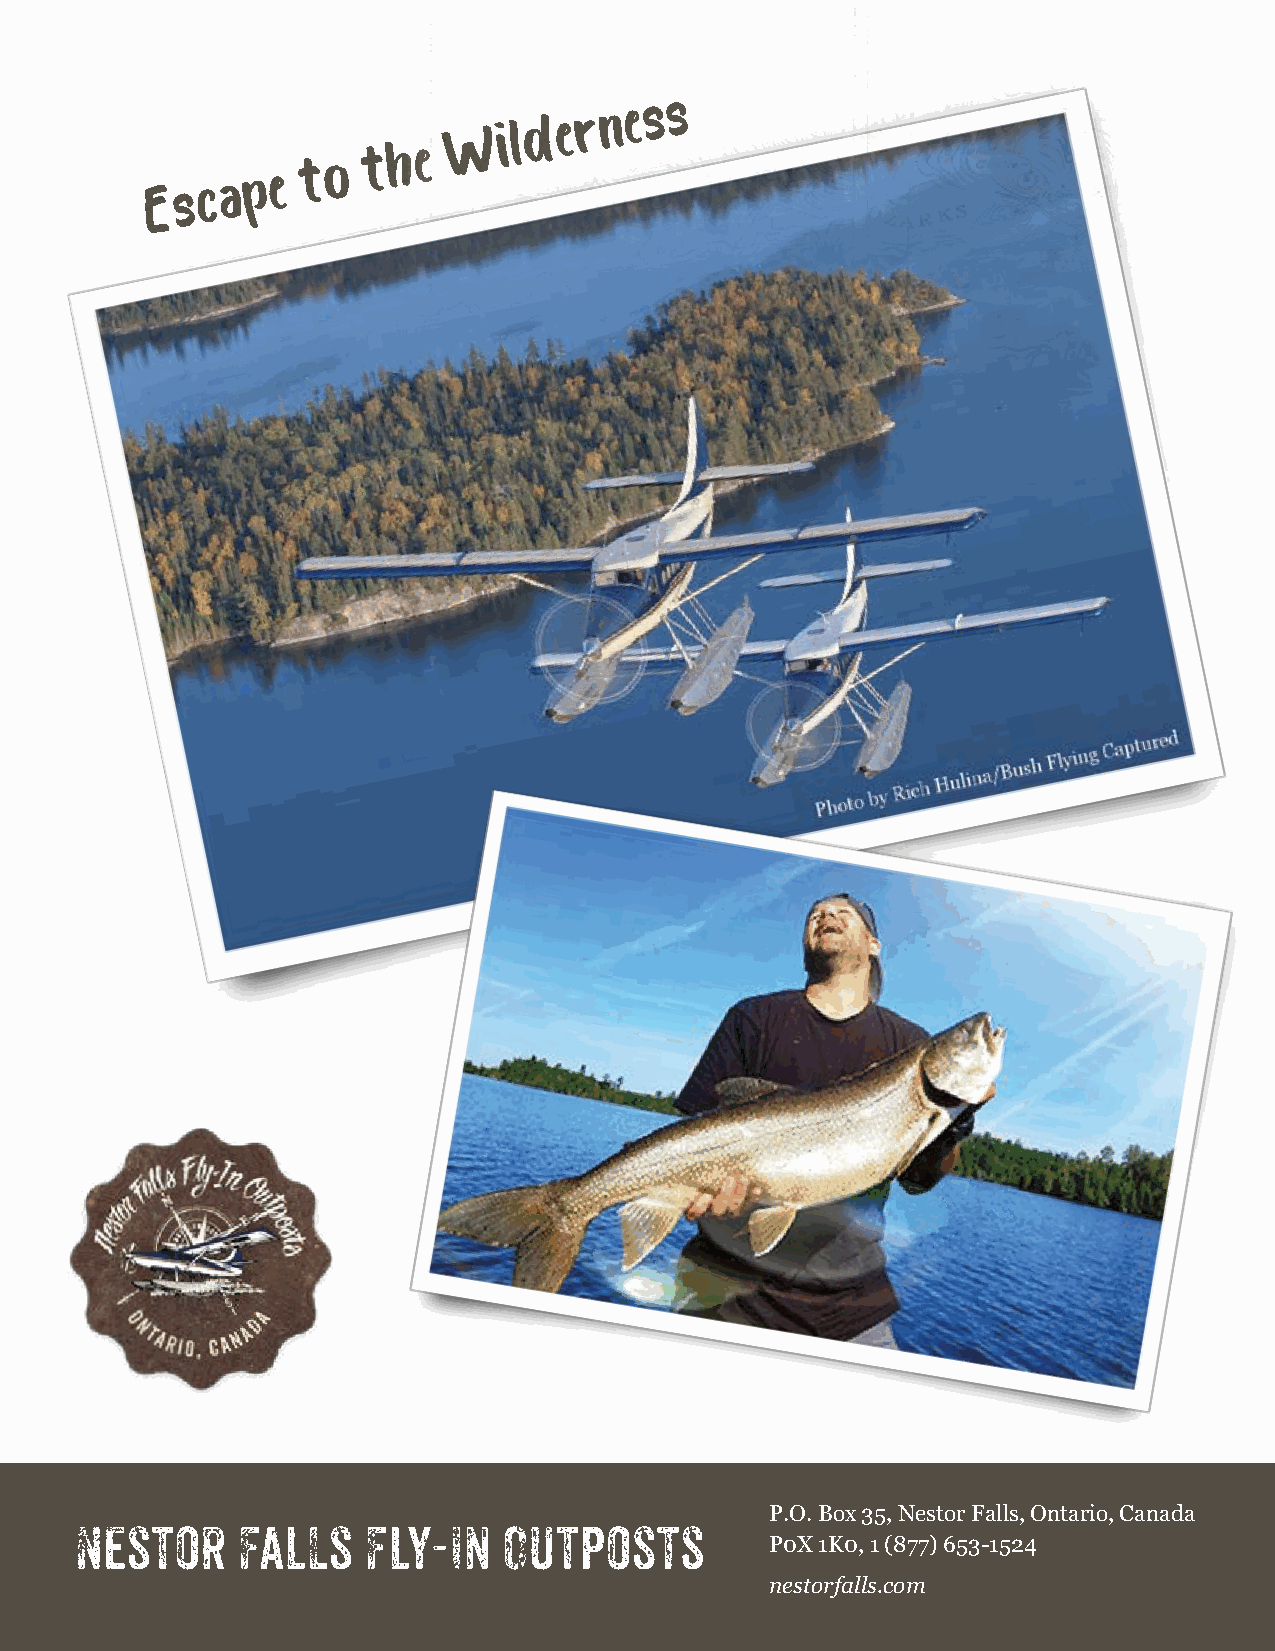
W  i l d e r n e s s
 E s c a p e
 t o
 t h e
 P.O. Box 35, Nestor Falls, Ontario, Canada
 Nestor     Falls   Fly-In   Outposts
 P0X 1K0, 1 (877) 653-1524
 nestorfalls.com